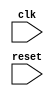
module ethernet_controller(
    input wire clk,
    input wire reset,
    // Add IO ports for data transfer

    // Module for generating clock signals
    // Add code for generating clock signals

    // Module for managing data transfer timing
    // Add code for managing data transfer timing

    // Module for ensuring proper synchronization
    // Add code for synchronization between components

    // Module for error detection and correction
    // Add code for error detection and correction

    // Module for ensuring efficient utilization of resources
    // Add code for efficient utilization of Ethernet bus resources
);

// Add internal logic for the Ethernet controller

endmodule